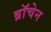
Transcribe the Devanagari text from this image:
ब्रॉचेन